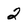
Character: 2